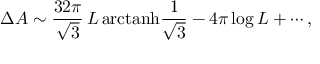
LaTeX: \Delta A \sim \frac { 3 2 \pi } { \sqrt { 3 } } \, L \, { \mathrm { a r c t a n h } } \frac 1 { \sqrt { 3 } } - 4 \pi \log L + \cdots ,